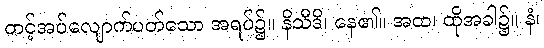
တင့်အပ်လျောက်ပတ်သော အရပ်၌။ နိသီဒိ၊ နေ၏။ အထ၊ ထိုအခါ၌။ နံ၊